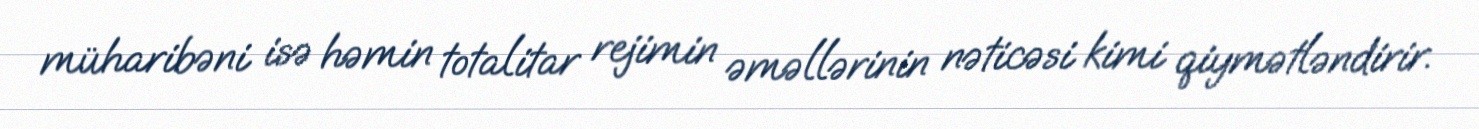
müharibəni isə həmin totalitar rejimin əməllərinin nəticəsi kimi qiymətləndirir.